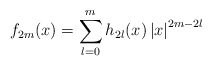
\begin{align*}f_{2m} (x) =\sum_{l=0}^{m}h_{2l}(x) \left\vert x\right\vert ^{2m-2l}\end{align*}